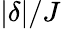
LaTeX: |\delta|/J